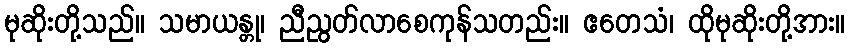
မုဆိုးတို့သည်။ သမာယန္တု၊ ညီညွတ်လာစေကုန်သတည်း။ ဧတေသံ၊ ထိုမုဆိုးတို့အား။